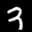
Label: 3